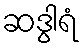
ဆဒွါရံ